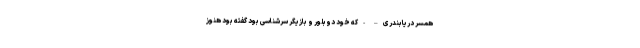
همسر دریابندری – - که خود دوبلور و بازیگر سرشناسی بود گفته بود هنوز